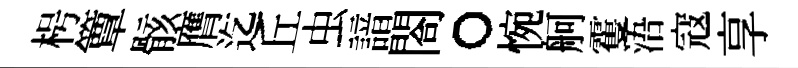
枵簟骸膺迄丘虫諳閤。惋舸䨥浯寇享